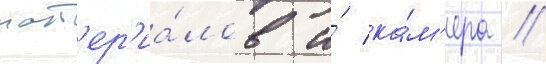
мат'ер'иа́лов и́ ка́м'ера //